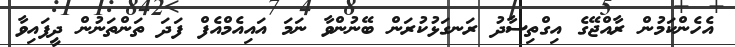
އެހެންކަމުން ރާއްޖޭގެ އިގްތިސާދު ރަނގަޅުކުރަން ބޭނުންވާ ނަމަ އައިއެމްއެފް ފަދަ ތަންތަނުން ދީފައިވާ